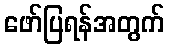
ဖော်ပြရန်အတွက်